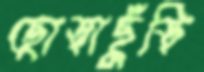
ছোড়াছুঁড়ি